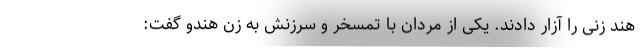
هند زنی را آزار دادند. یکی از مردان با تمسخر و سرزنش به زن هندو گفت: